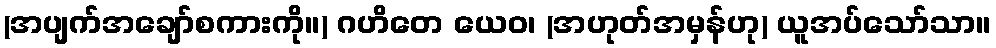
(အပျက်အချော်စကားကို။) ဂဟိတေ ယေဝ၊ (အဟုတ်အမှန်ဟု) ယူအပ်သော်သာ။